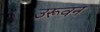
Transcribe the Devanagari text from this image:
उरूवन